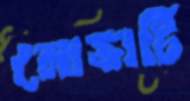
নোভার্টি